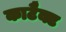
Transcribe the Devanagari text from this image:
काटैक्ट